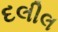
દલીલ